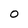
Character: O